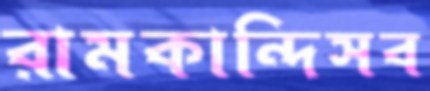
রামকান্দিসব